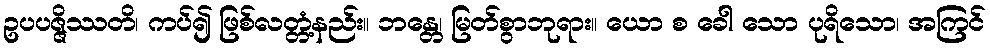
ဥပပဇ္ဇိဿတိ၊ ကပ်၍ ဖြစ်လတ္တံ့နည်း။ ဘန္တေ၊ မြတ်စွာဘုရား။ ယော စ ခေါ သော ပုရိသော၊ အကြင်